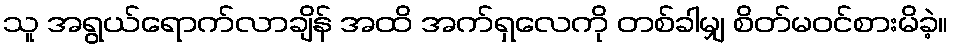
သူ အရွယ်ရောက်လာချိန် အထိ အက်ရှလေကို တစ်ခါမျှ စိတ်မဝင်စားမိခဲ့။